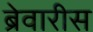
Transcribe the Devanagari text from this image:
ब्रेवारीस